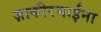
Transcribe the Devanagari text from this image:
ज़ाकीरभाईंना